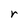
Character: r